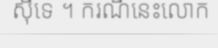
ស៊ីទេ ។ ករណីនេះលោក